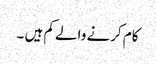
کام کرنے والے کم ہیں ۔